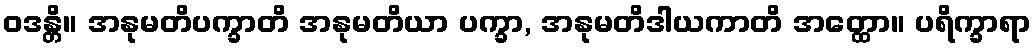
ဝဒန္တိ။ အနုမတိပက္ခာတိ အနုမတိယာ ပက္ခာ, အနုမတိဒါယကာတိ အတ္ထော။ ပရိက္ခာရာ